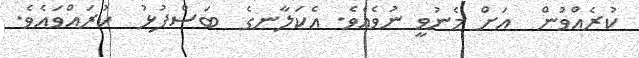
ކުރެއްވުން  އަށް މެނުވީ ނުވެއެވެ. އެކަލާނގެ  ބަސްފުޅު  ކުރައްވައެވެ.